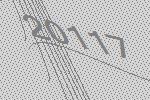
20117